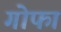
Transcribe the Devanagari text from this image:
गोफा